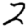
Digit: 2